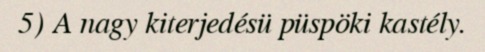
5) A nagy kiterjedésü püspöki kastély.